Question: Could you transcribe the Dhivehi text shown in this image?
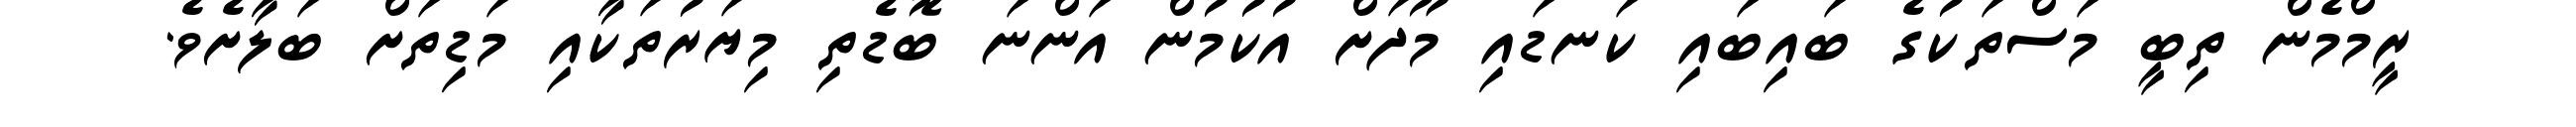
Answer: ރީމްމެން ތިބީ މަސްތަކުގެ ބައިބައި ކަނޑައި މޫދަށް އުކުމުން އަންނަ ބޮޑެތި މިޔަރުތަކާއި މަޑިތަށް ބަލާށެވެ.